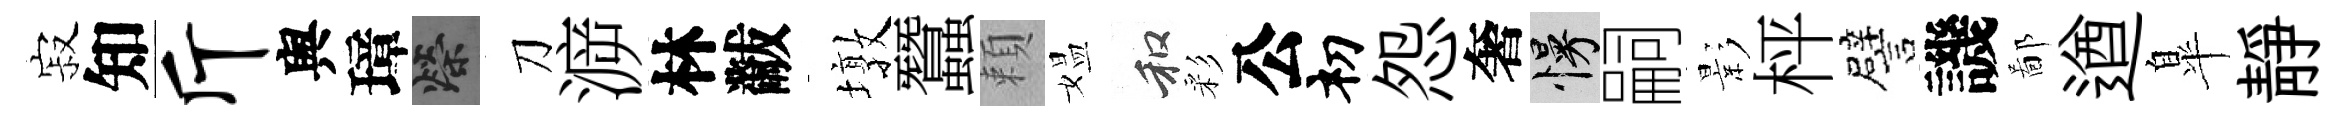
寂知斤舆璋榮刀㴑林黻墩蠶頼媪和彩公𥘉怨奢慢嗣影枰譬譏鄙遒臯靜